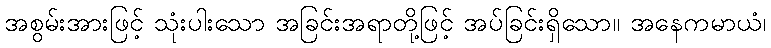
အစွမ်းအားဖြင့် သုံးပါးသော အခြင်းအရာတို့ဖြင့် အပ်ခြင်းရှိသော။ အနေကမာယံ၊